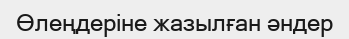
Өлеңдеріне жазылған әндер